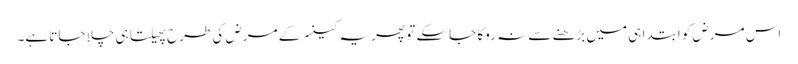
اس مرض کو ابتدا ہی میں بڑھنے سے نہ روکا جاسکے تو پھر یہ کینسر کے مرض کی طرح پھیلتا ہی چلا جاتا ہے۔